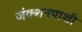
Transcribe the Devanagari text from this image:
जंक्शनपाशी